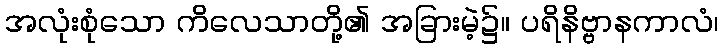
အလုံးစုံသော ကိလေသာတို့၏ အခြားမဲ့၌။ ပရိနိဗ္ဗာနကာလံ၊